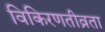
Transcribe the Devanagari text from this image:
विकिरणतीव्रता